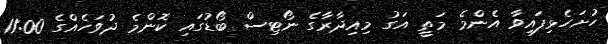
ހުށަހެޅިފައިވާ އެންމެ މަތީ އަގު މިއިދާރާގެ ނޯޓިސް ބޯޑުގައި ކޮންމެ ދުވަހެއްގެ 11:00